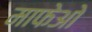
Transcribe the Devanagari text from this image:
माफेओ